Theory and practice of anti-rabic immunisation - Number 30
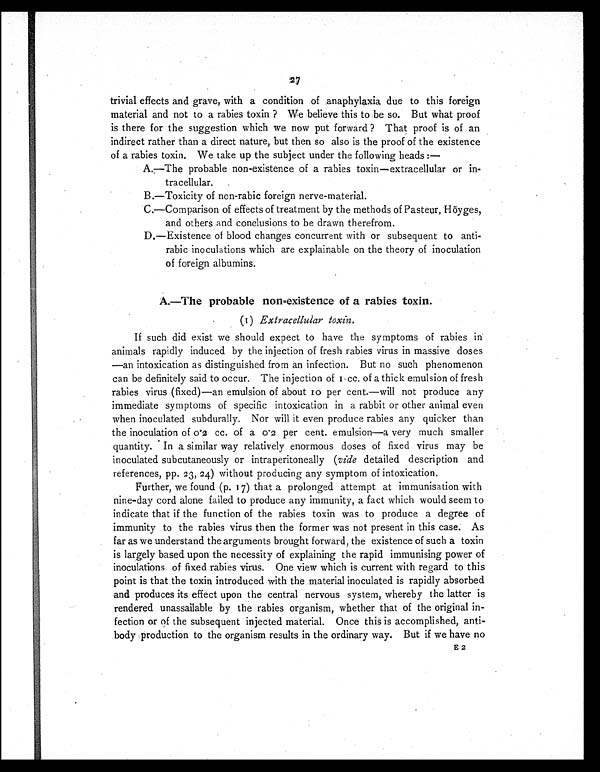
27
trivial effects and grave, with a condition of anaphylaxia due to this foreign
material and not to a rabies toxin ? We believe this to be so. But what proof
is there for the suggestion which we now put forward ? That proof is of an
indirect rather than a direct nature, but then so also is the proof of the existence
of a rabies toxin. We take up the subject under the following heads :—
A.—The probable non-existence of a rabies toxin—extracellular or in-
tracellular.
B.—Toxicity of non-rabic foreign nerve-material.
C.—Comparison of effects of treatment by the methods of Pasteur, Höyges,
and others and conclusions to be drawn therefrom.
D.—Existence of blood changes concurrent with or subsequent to anti-
rabic inoculations which are explainable on the theory of inoculation
of foreign albumins.
A.—The probable non-existence of a rabies toxin.
(1) Extracellular toxin.
If such did exist we should expect to have the symptoms of rabies in
animals rapidly induced by the injection of fresh rabies virus in massive doses
—an intoxication as distinguished from an infection. But no such phenomenon
can be definitely said to occur. The injection of 1 cc. of a thick emulsion of fresh
rabies virus (fixed)—an emulsion of about 10 per cent.—will not produce any
immediate symptoms of specific intoxication in a rabbit or other animal even
when inoculated subdurally. Nor will it even produce rabies any quicker than
the inoculation of 0.2 cc. of a 0.2 per cent. emulsion—a very much smaller
quantity. In a similar way relatively enormous doses of fixed virus may be
inoculated subcutaneously or intraperitoneally (vide detailed description and
references, pp. 23, 24) without producing any symptom of intoxication.
Further, we found (p. 17) that a prolonged attempt at immunisation with
nine-day cord alone failed to produce any immunity, a fact which would seem to
indicate that if the function of the rabies toxin was to produce a degree of
immunity to the rabies virus then the former was not present in this case. As
far as we understand the arguments brought forward, the existence of such a toxin
is largely based upon the necessity of explaining the rapid immunising power of
inoculations of fixed rabies virus. One view which is current with regard to this
point is that the toxin introduced with the material inoculated is rapidly absorbed
and produces its effect upon the central nervous system, whereby the latter is
rendered unassailable by the rabies organism, whether that of the original in-
fection or of the subsequent injected material. Once this is accomplished, anti-
body production to the organism results in the ordinary way. But if we have no
E 2